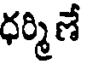
ధర్మిణే